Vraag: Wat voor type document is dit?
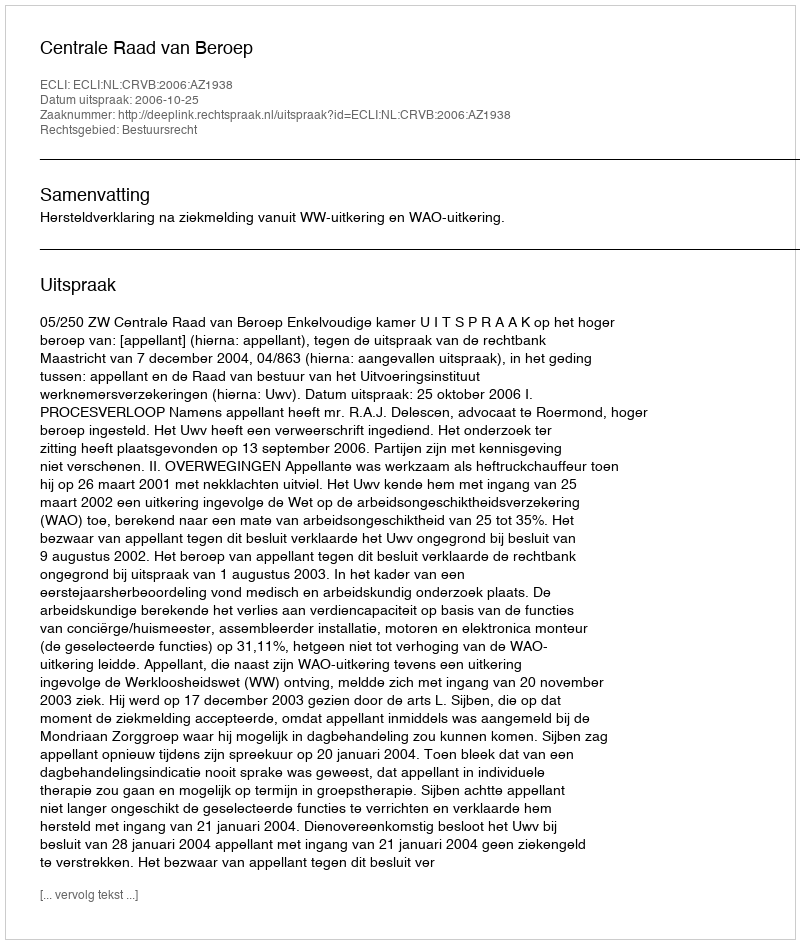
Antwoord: Uitspraak